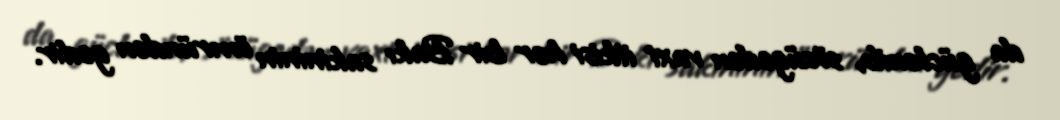
da güclənib, sözügedən vaxt itkisi hər bir Bakı sakininin ömründən gedir.